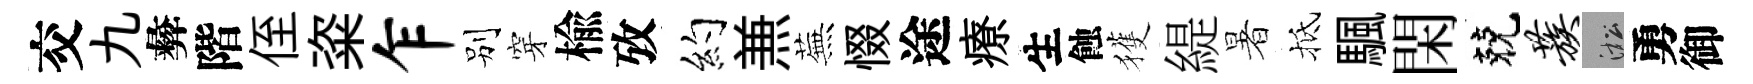
交九彜階侄粢乍别穿楡攷约𠔥蕪惙途療生蝕獲緹暑抵颿閑兢蔟淞勇御